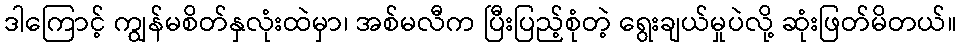
ဒါကြောင့် ကျွန်မစိတ်နှလုံးထဲမှာ၊ အစ်မလီက ပြီးပြည့်စုံတဲ့ ရွေးချယ်မှုပဲလို့ ဆုံးဖြတ်မိတယ်။